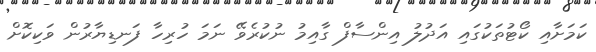
ކަމަށާއި ކޯޓުތަކުގައި އަދުލު އިންސާފް ގާއިމު ނުކުރެވޭ ނަމަ ހުރިހާ ފަނޑިޔާރުން ވަކިކޮށް